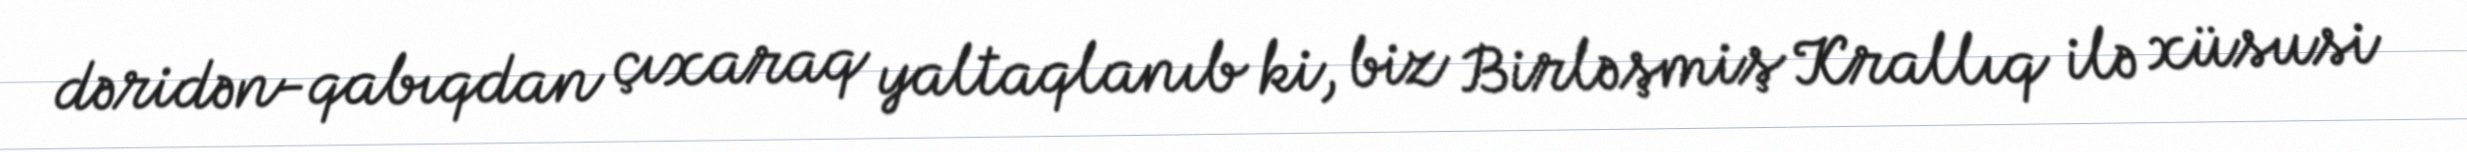
dəridən-qabıqdan çıxaraq yaltaqlanıb ki, biz Birləşmiş Krallıq ilə xüsusi